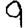
Digit: 9